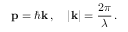
\mathbf { p } = \hbar \mathbf { k } \, , \quad | \mathbf { k } | = { \frac { 2 \pi } { \lambda } } \, .